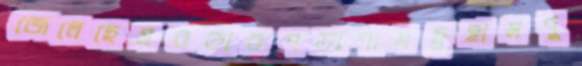
জেলেছেসরকারপড়াশামছুহামদু